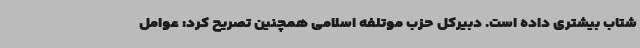
شتاب بیشتری داده است. دبیرکل حزب موتلفه اسلامی همچنین تصریح کرد: عوامل